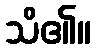
သိ၏။